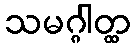
သမဂ္ဂါတ္ထ